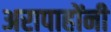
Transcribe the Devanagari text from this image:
अरापाहोंनी